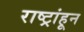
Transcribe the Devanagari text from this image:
राष्ट्रांहून